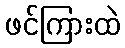
ဖင်ကြားထဲ